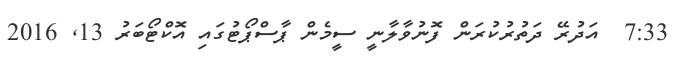
7:33  އަދުރޭ ދަތުރުކުރަން ފޮނުވާލާނީ ސީމެން ޕާސްޕޯޓުގައި އޮކްޓޯބަރު 13